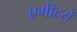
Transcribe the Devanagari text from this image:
एमीटर्स